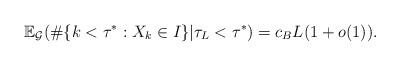
LaTeX: \begin{align*} \mathbb E_{\mathcal{G}}(\# \{ k < \tau^*: X_k \in I \} | \tau_L < \tau^*)= c_{{ B}}L(1+o(1)). \end{align*}